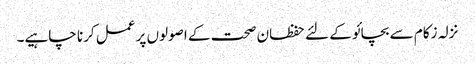
نزلہ زکام سے بچائو کے لئے حفظان صحت کے اصولوں پر عمل کرنا چاہیے۔